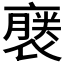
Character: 𧜈